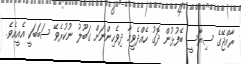
ރާއްޖޭގެ ސިޔާސީ ބޭފުޅުން ދޮގު ހެއްދެވީމާ ދިވެހިންނަށް ގަބޫލު ނުކުރެވޭ ސަބަބަކީ އެއީއެވެ.